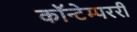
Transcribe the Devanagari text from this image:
कॉन्टेम्पररी